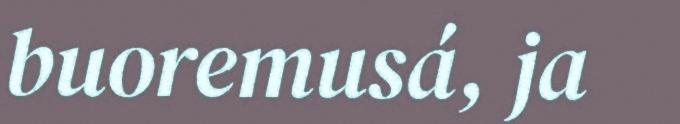
buoremusá, ja